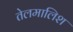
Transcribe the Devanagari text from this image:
तेलमालिश